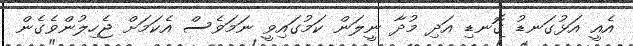
އެއީ އަޅުގަނޑު ގޮނޑި އަދި މުދާ ނީލަން ކަމުގައިވީ ނަމަވެސް އެކަމަށް ޖެހިލުންވެގެން